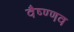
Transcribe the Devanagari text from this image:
वैष्ण्णव